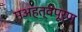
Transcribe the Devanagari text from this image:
मअहत्वपूर्ण